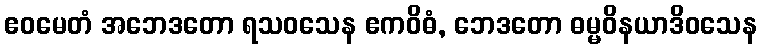
ဧဝမေတံ အဘေဒတော ရသဝသေန ဧကဝိဓံ, ဘေဒတော ဓမ္မဝိနယာဒိဝသေန